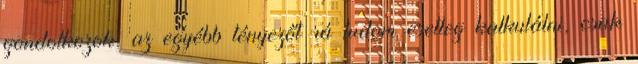
gondolkozok, az egyébb tényezőt rá tudom esetleg kalkulálni, csak